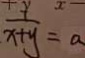
\frac { y } { x + y } = a